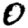
Digit: 0